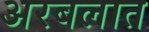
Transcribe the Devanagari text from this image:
अरबलात